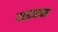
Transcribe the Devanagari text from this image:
वाइज़ाम